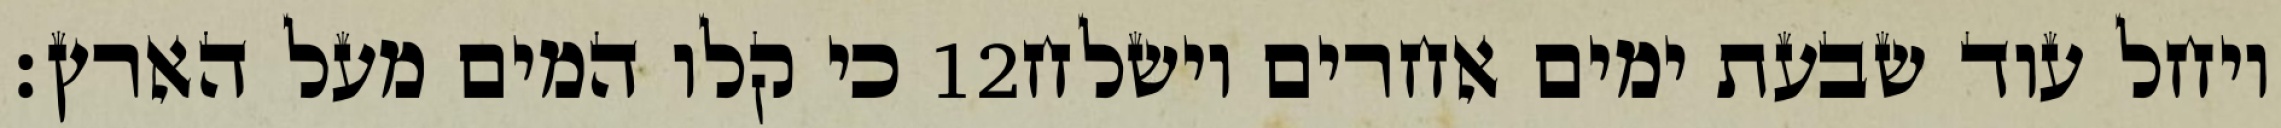
כי קלו המים מעל הארץ׃ ‎12‏ ויחל עוד שבעת ימים אחרים וישלח